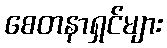
စေတနာရှင်များ